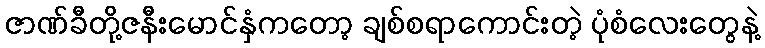
ဇာဏ်ခီတို့ဇနီးမောင်နှံကတော့ ချစ်စရာကောင်းတဲ့ ပုံစံလေးတွေနဲ့